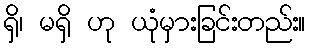
ရှိ၊ မရှိ ဟု ယုံမှားခြင်းတည်း။